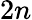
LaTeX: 2n